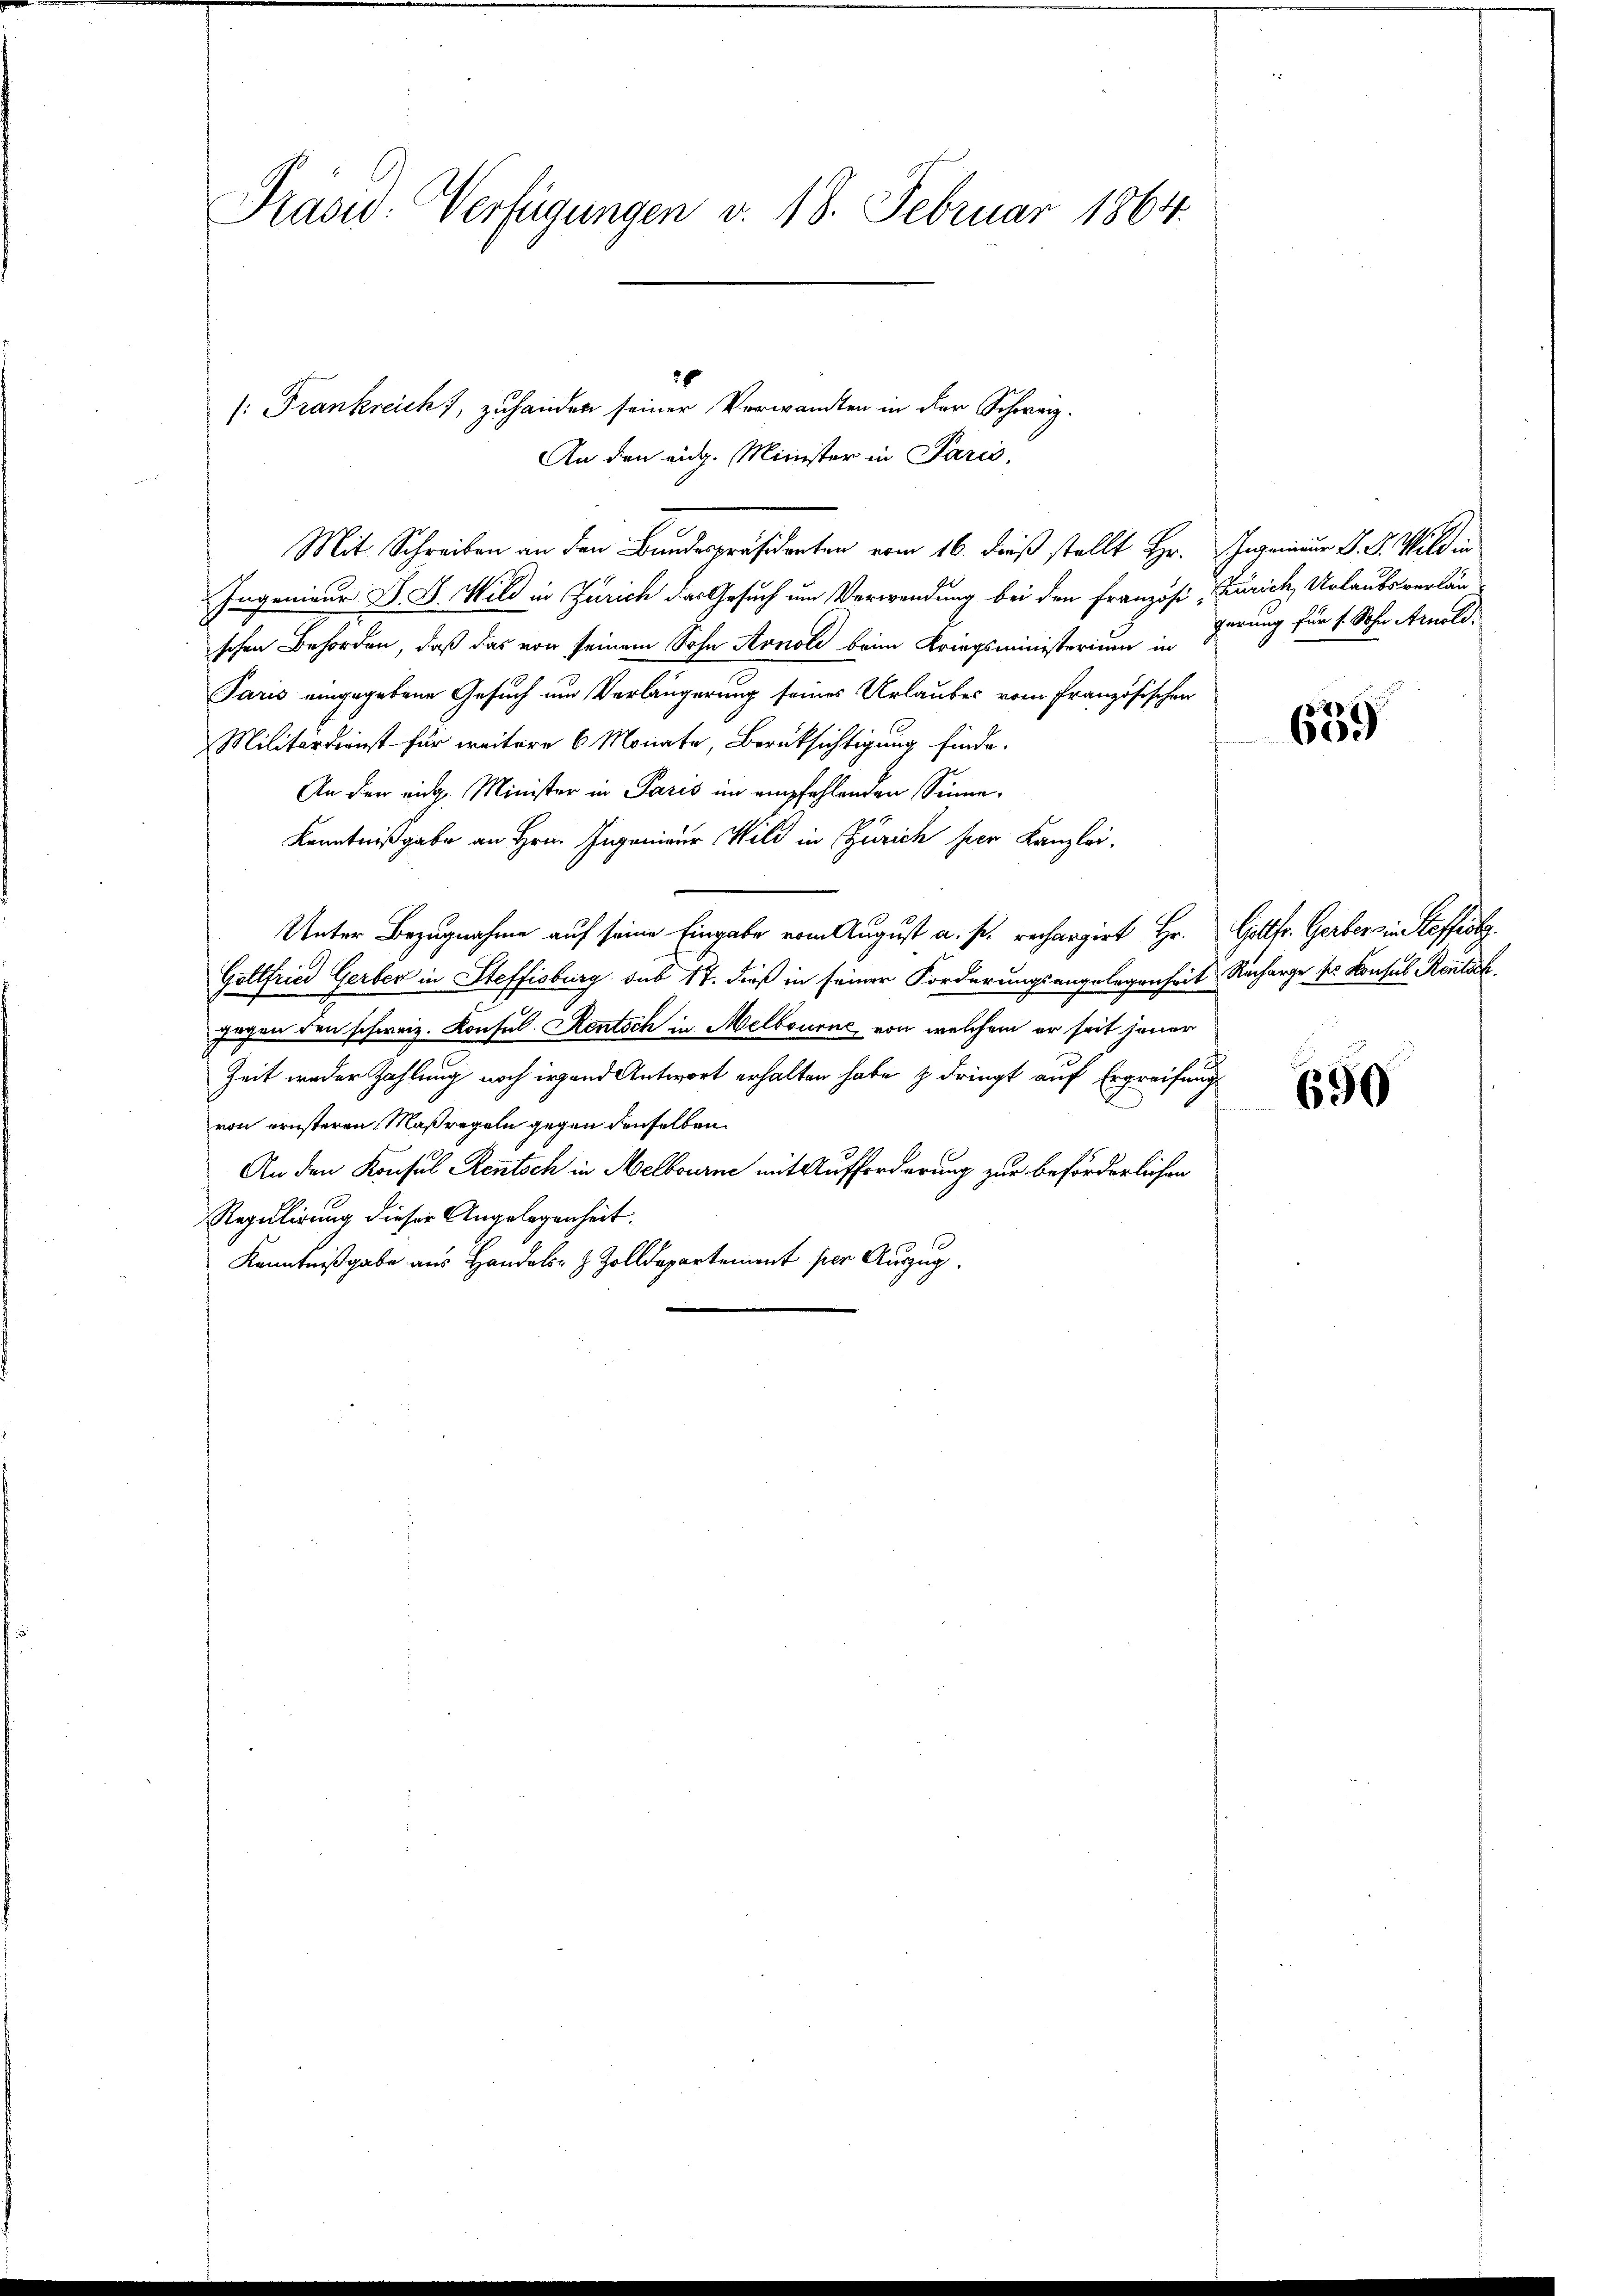
Präsid. Verfügungen v. 18. Februar 1864.

20
(: Frankreich, zu handen seiner Verwandten in der Schweiz.
An den eidg. Minister in Paris,

Mit Schreiben an den Bundespräsidenten vom 16. dieß stellt Hr. Genieur d. J. Wilden
Ingenieur D. S. Wild in Zürich das Gesuch um Verwendung bei den Französi, Zürich, Urlaubsverlan
schen Behörden, daß das von seinem Sohn Arnold beim Kriegsministerium in
Paris eingegebene Gesuch um Verlängerung seines Urlaubes vom Französischen
Militärdienst für weitere 6 Monate, Berüksichtigung finde.
An den eidg. Minister in Paris im empfehlenden Sinne¬
Kenntnißgabe an Hrn. Ingenieur Wild in Zürich hier Kanzlei.
Unter Bezugnahme auf seine Eingabe vom August a. s. rechargirt Hr. Gottfr. Gerber in Stoffestg
Gottfried Gerber in Steffisburg sub 17. dieß in seiner Forderungsangelegenheit Recharge ses Konsul Kontak
Zügen den schweiz. Konsul Rentsch in Melbourne von welchem er seit jener
Zeit weder Zahlung noch irgend Antwort erhalten habe & dringt auf Ergreifung
f
von ernsteren Maßregeln gegen denselben
An den Konsul Rentsch in Melbourni mit Aufforderung zur beförderlichen
Regulirung dieser Angelegenheit.
Kenntnißgabe aus Handels- & Zolldepartement per Auszug

gerung für f. Sohn Arnold

639

690